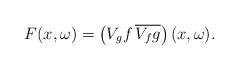
LaTeX: \begin{align*}F(x, \omega) = \left( V_g f \, \overline{V_f g} \right) (x,\omega).\end{align*}